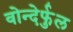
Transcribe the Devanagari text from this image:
वोन्देर्फुल